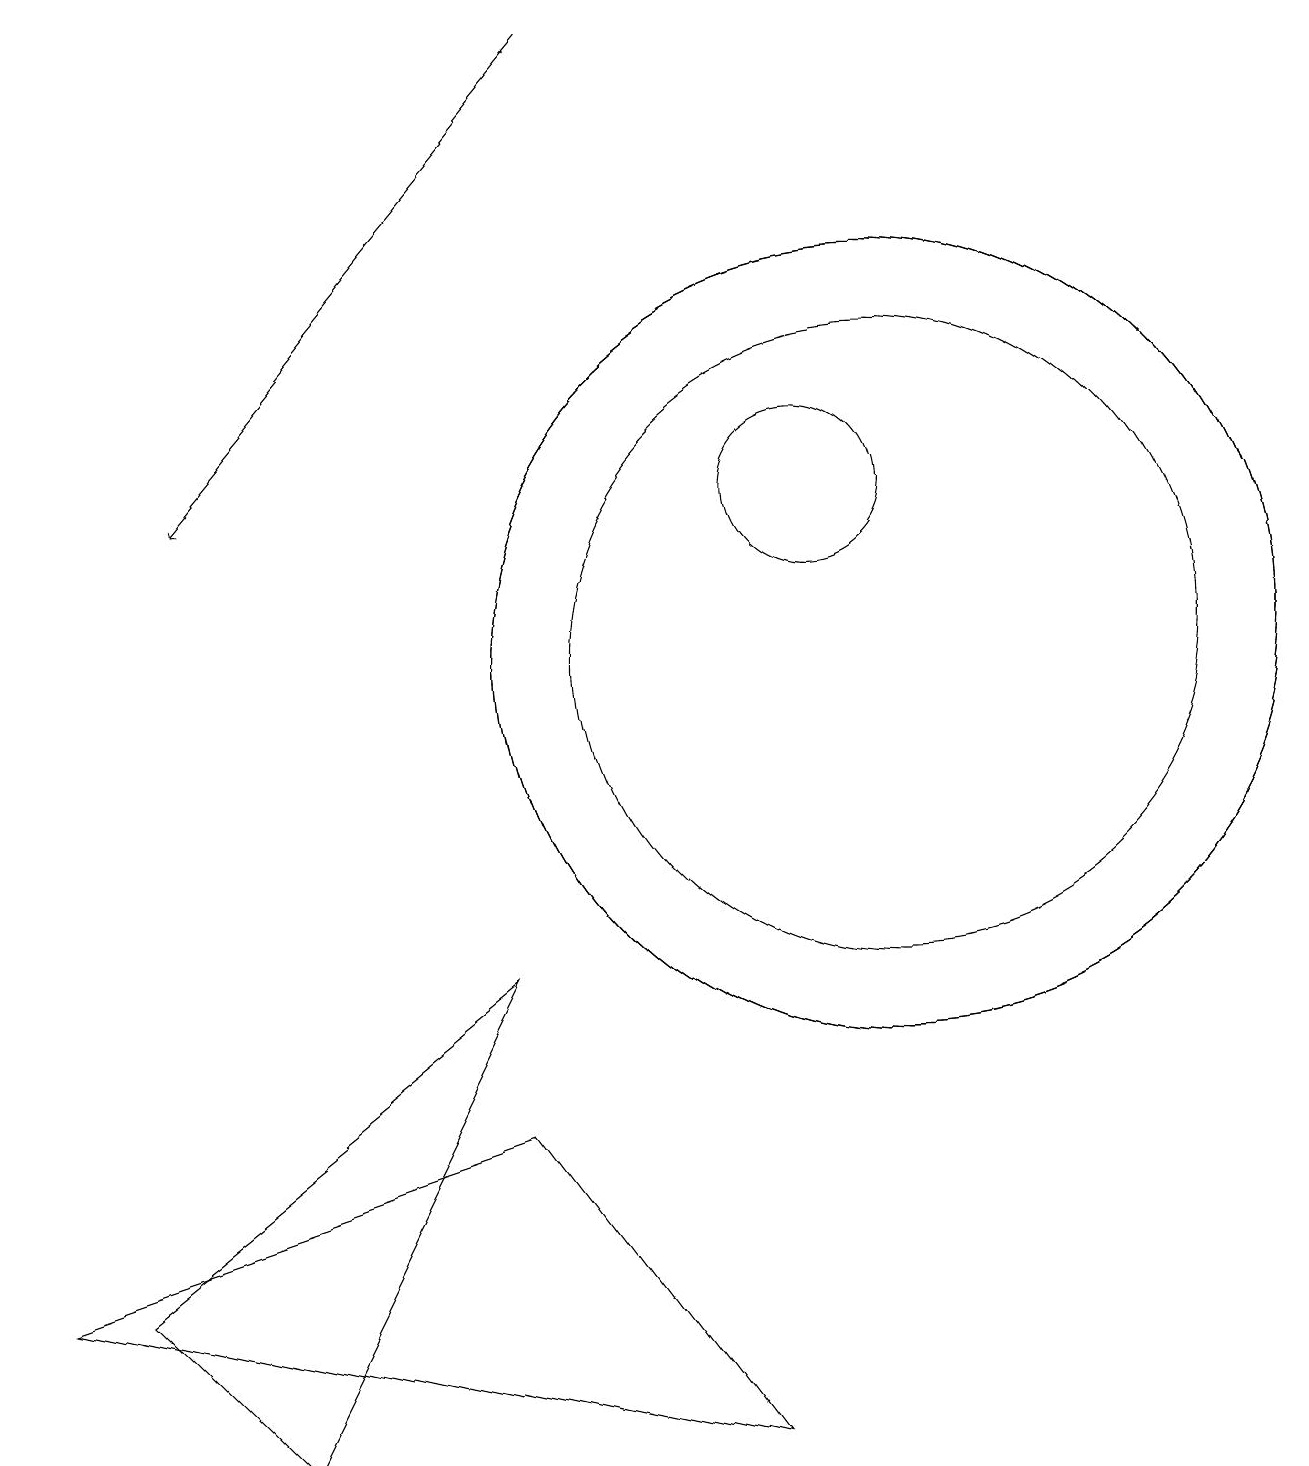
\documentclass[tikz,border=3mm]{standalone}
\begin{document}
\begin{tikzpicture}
\draw (3,0) -- (1,2) -- (6,6) -- cycle;
\draw (6,4) -- (0,2) -- (9,0) -- cycle;
\draw (10,12) circle (1);
\draw (11,10) circle (4);
\draw (11,10) circle (5);
\draw[->] (7,18) -- (2,12);
\draw (11,10) circle (5);
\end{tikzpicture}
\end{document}